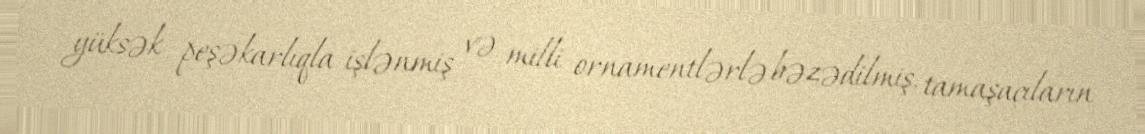
yüksək peşəkarlıqla işlənmiş və milli ornamentlərlə bəzədilmiş, tamaşaçıların